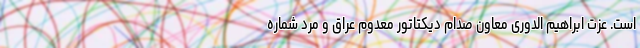
است. عزت ابراهیم الدوری معاون صدام دیکتاتور معدوم عراق و مرد شماره